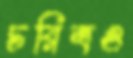
চরিত্রও